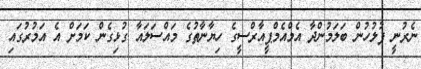
ނެރުނީ ފުލުހުން ބަލަމުންދާ އެމްއެމްޕީއާރްސީގެ ހިޔާނާތުގެ މައްސަލައާ ގުޅިގެން ކަމަށް އެ އަމުރުގައި